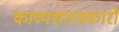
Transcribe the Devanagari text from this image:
काव्यशास्त्रकारों